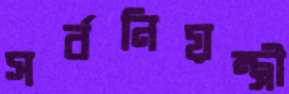
সর্বনিয়ন্ত্রী